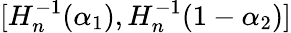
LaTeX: [H_{n}^{-1}(\alpha_{1}),H_{n}^{-1}(1-\alpha_{2})]